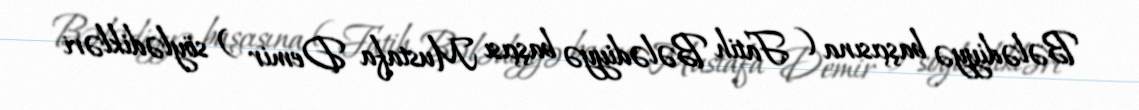
Bələdiyyə başçısına ( Fatih Bələdiyyə başçısı Mustafa Demir ) söylədikləri